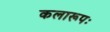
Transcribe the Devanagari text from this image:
कलारूपः